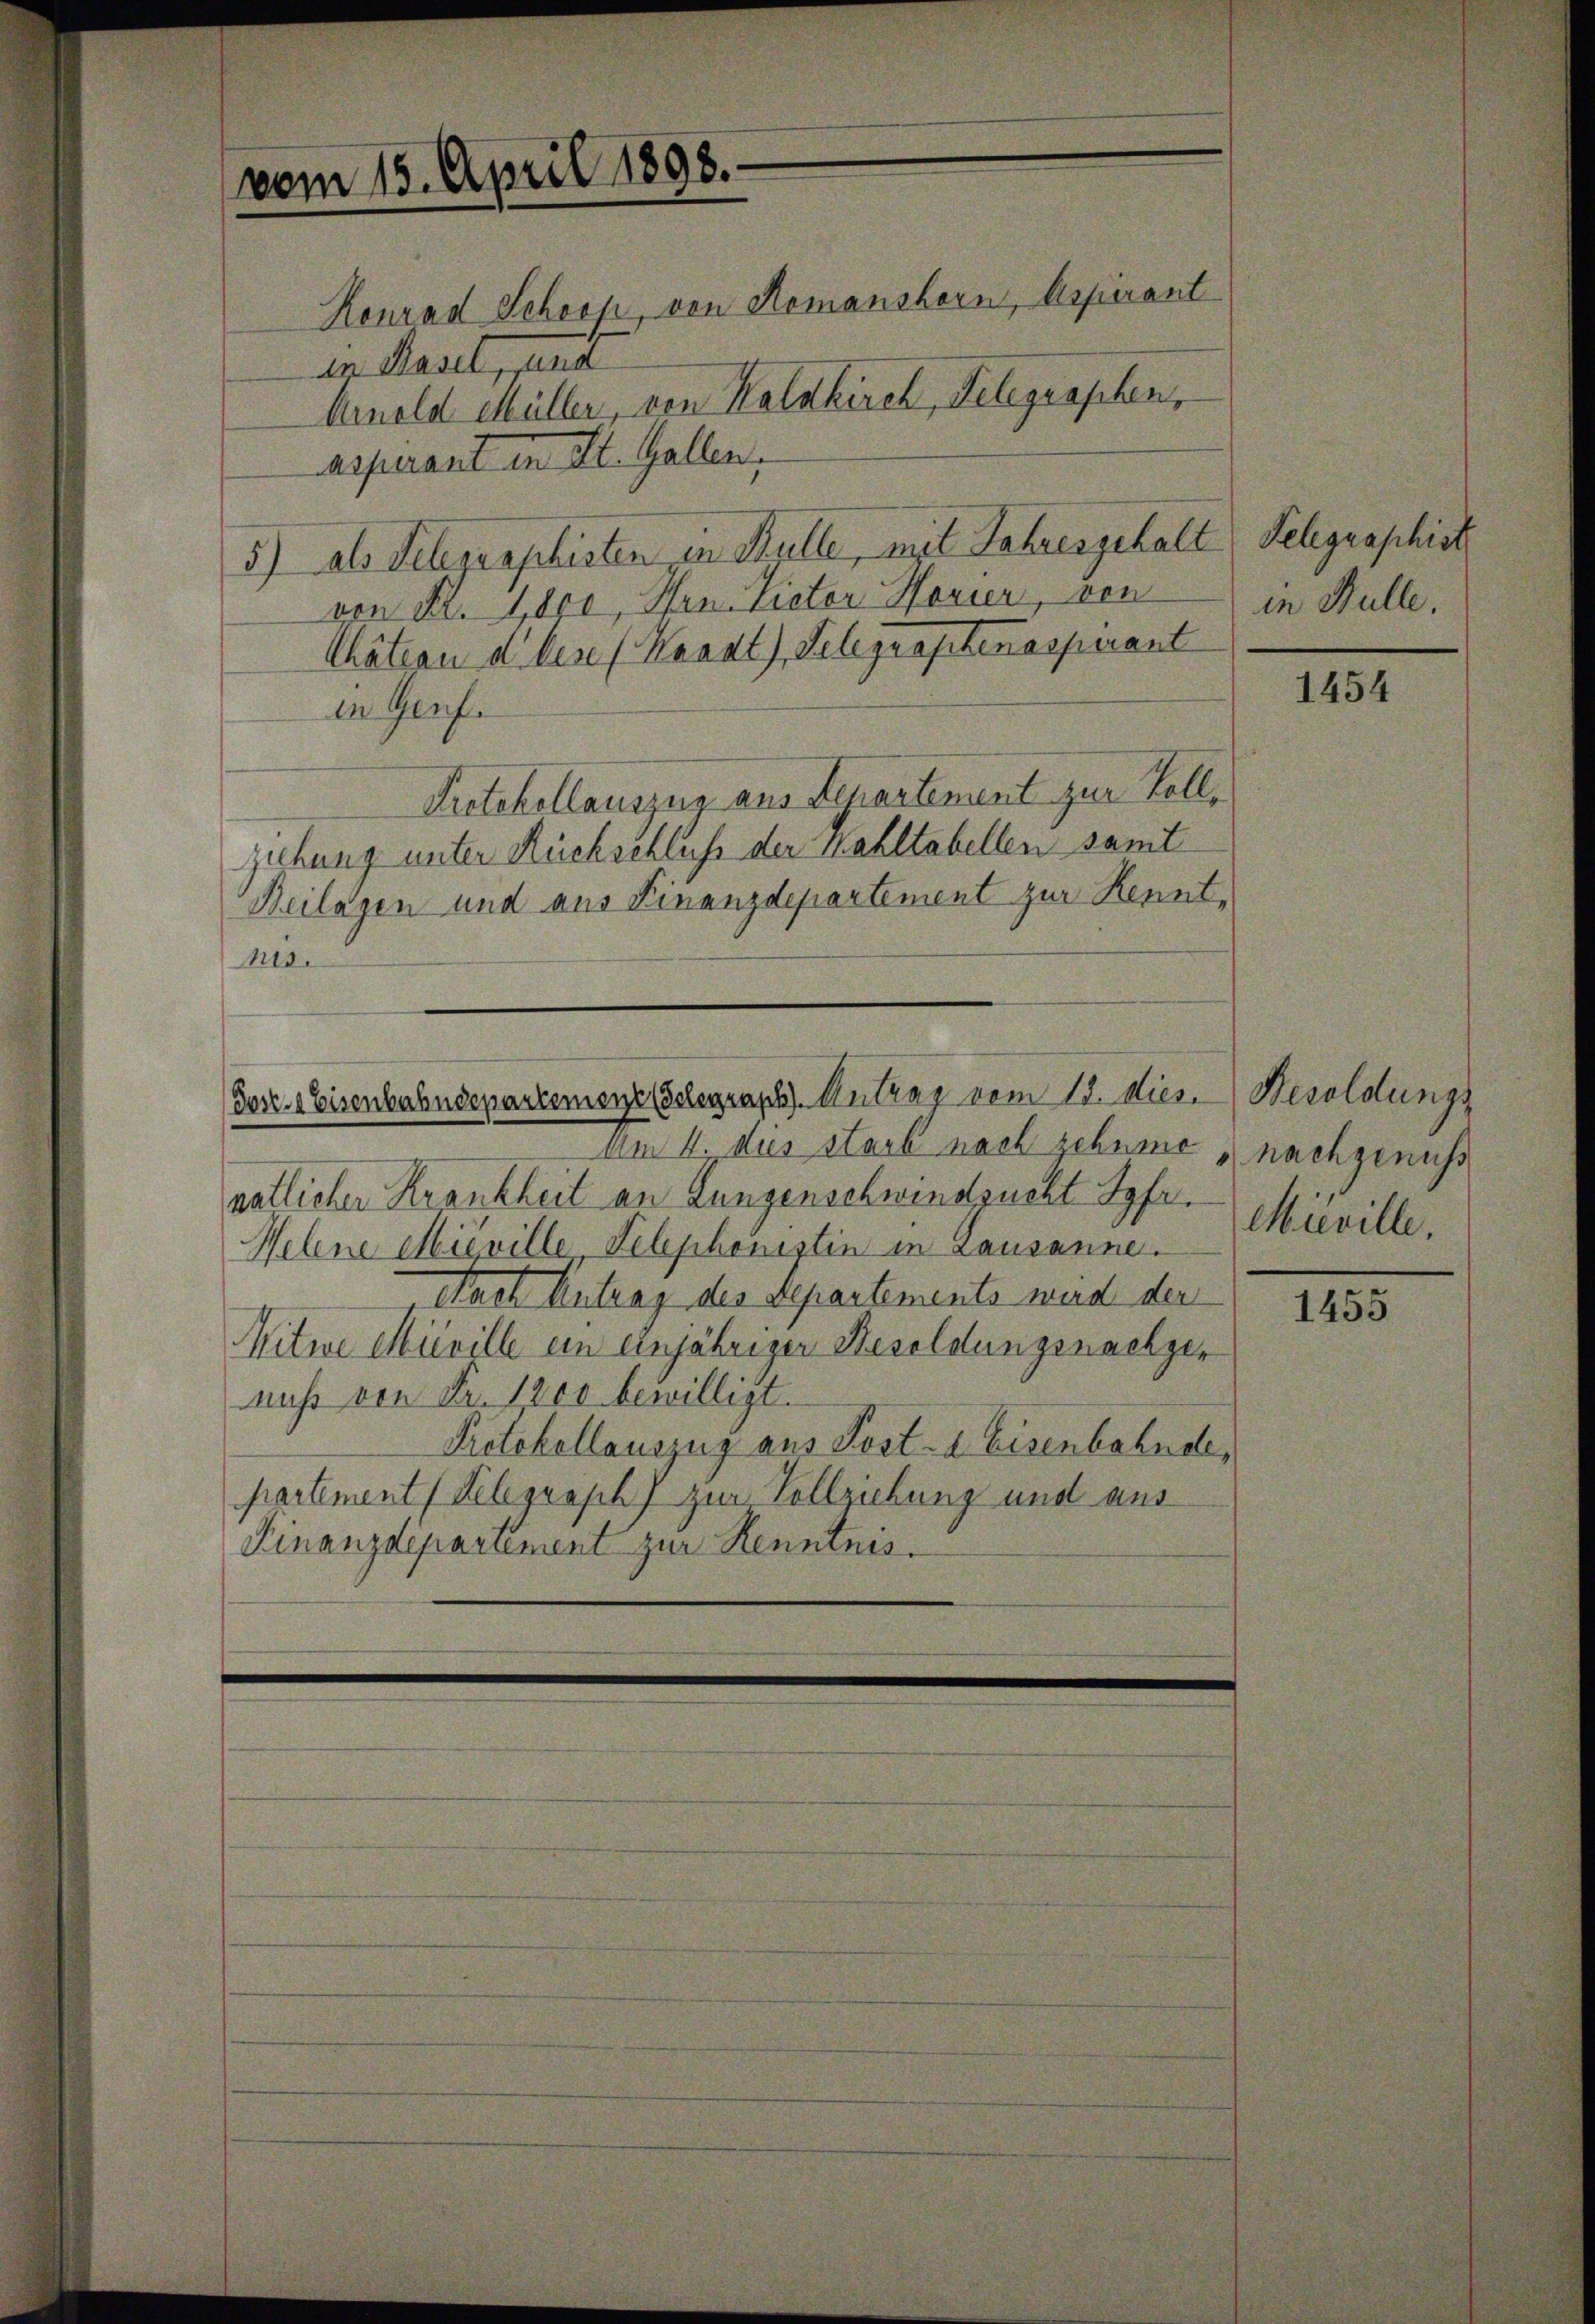
vom 15. April 1898.

Konrad Schoop, von Romanshorn, Aspirant
in Basel, und
Arnold Müller, von Kalskirch, Telegraphen,
Aspirant in St. Gallen,
5) als Telegraphisten in Bulle, mit Jahresgehalt Telegraphist
von Fr. 1,800, Hrn. Victor Hauser, von
Chätern d. lese (Kaaat), Telegraphenaspirant
in Genf.
Protokollauszug aus Separtement zur Vollgebung unter Rückschluß der Wahltabellen samt
Beilagen und aus Finanzdepartement zur Kennt¬
115.
dose. Eisenbahndepartement Gelegraph). Antrag vom 18. dies.
Am 4. dies starb nach zehnene nachgenuss
natlicher Krankheit an Lungenschwindsucht Syfr.
Helene Mieville Telephonistin in Lausanne.
Nach Antrag des Separtements wird der
Witwe Mieville ein einjähriger Besoldungsnachgenicht von Fr. 1200 bewilligt.
Protokollauszug aus Post- & Eisenbahnde,
partement (Relegraph zur Vollziehung und aus
Finanzdepartement zur Kenntnis.

in Hülle.

1454

Besoldungs
Miville.

1455